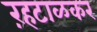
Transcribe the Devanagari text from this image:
ऱहटाळकर